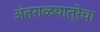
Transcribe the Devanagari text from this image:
अंतराळयात्रेचा